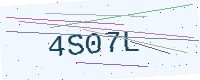
Text: 4S07L